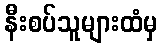
နီးစပ်သူများထံမှ